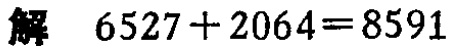
解 \(6527 + 2064 = 8591\)